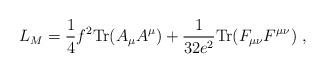
LaTeX: \begin{align*}L_M = \frac{1}{4} f^2 {\rm Tr} (A_\mu A^\mu) +\frac{1}{32e^2} {\rm Tr} (F_{\mu\nu} F^{\mu\nu})\ ,\end{align*}